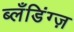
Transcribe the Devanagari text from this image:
ब्लँडिंग्ज़